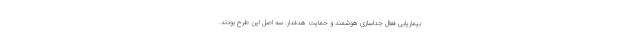
بیماریابی فعال جداسازی هوشمند و حمایت هدفدار. سه اصل این طرح بودند.